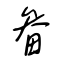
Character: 畚